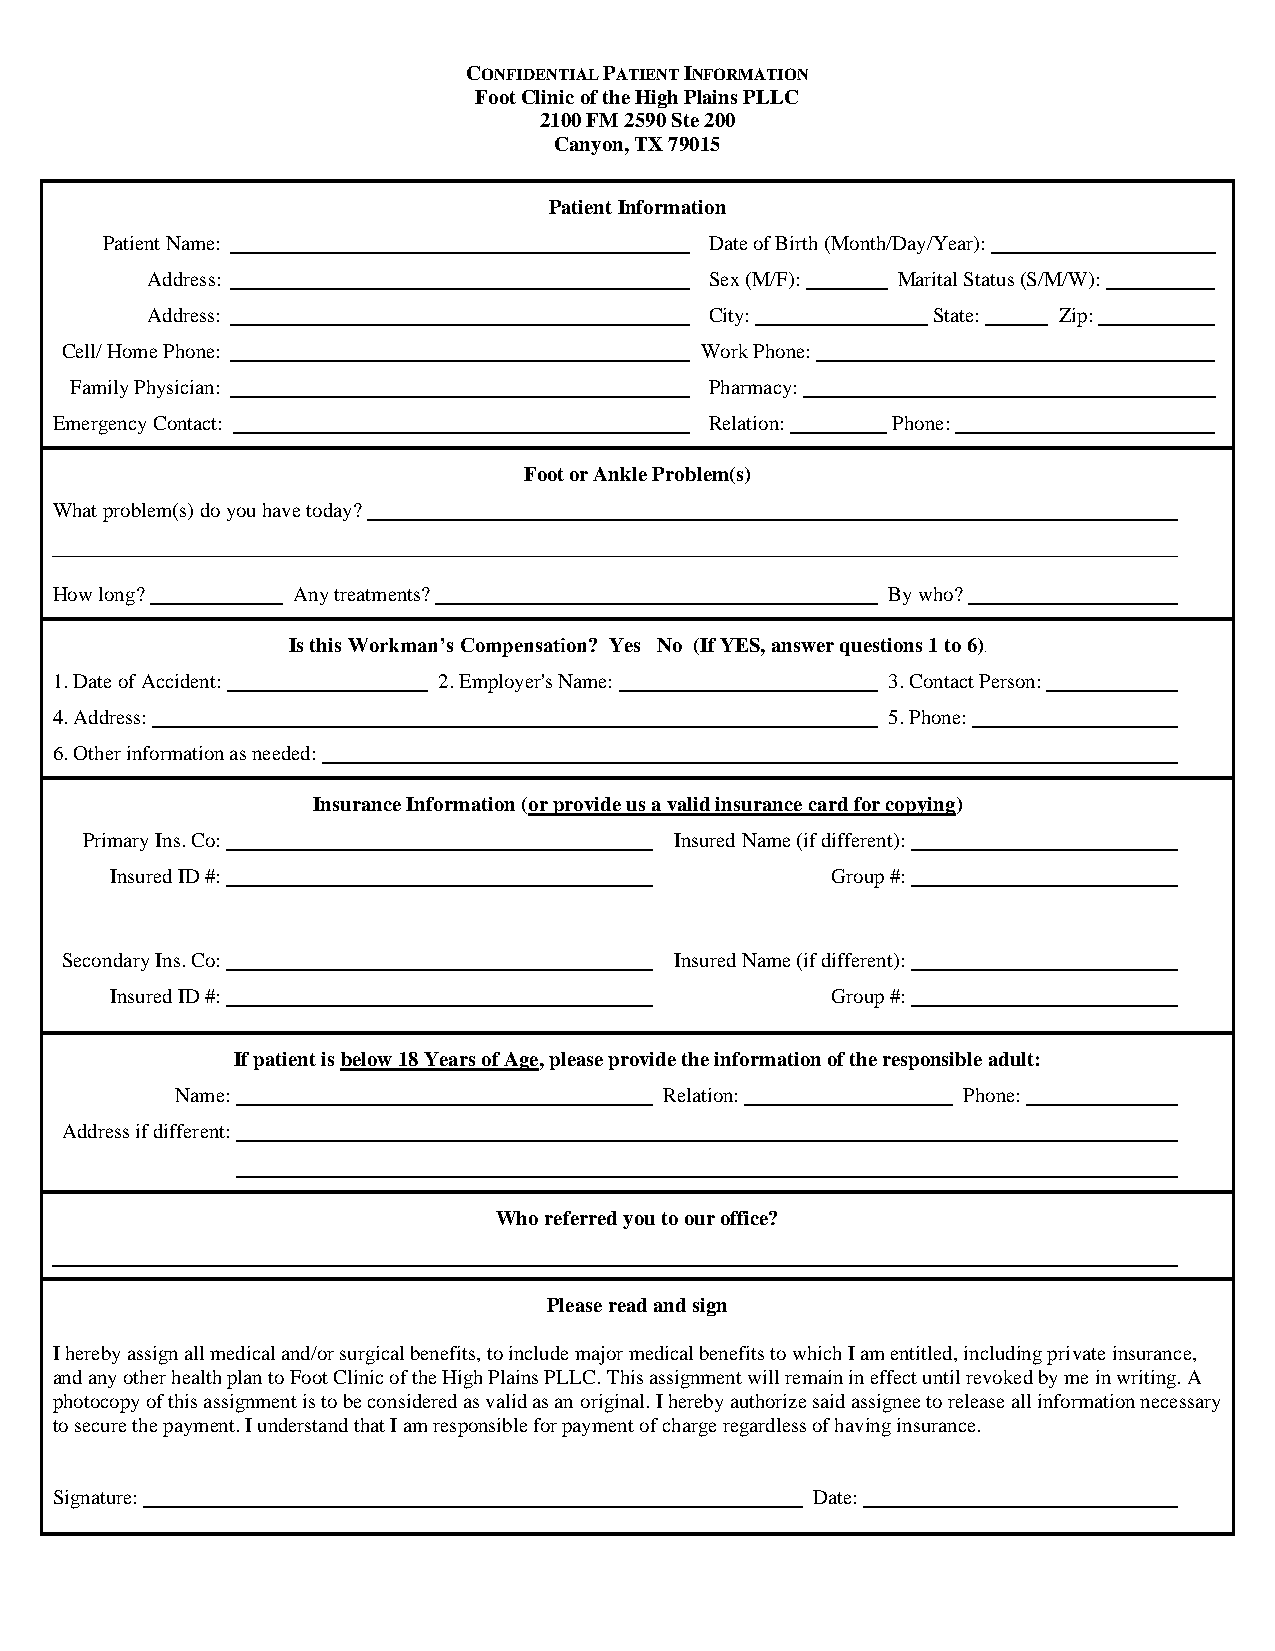
CONFIDENTIAL PATIENT INFORMATION
 Foot Clinic of the High Plains PLLC
 2100 FM 2590 Ste 200
 Canyon, TX 79015
 Patient Information
 Patient Name:                           Date of Birth (Month/Day/Year):
 Address:                             Sex (M/F):  Marital Status (S/M/W):
 Address:                             City:          State:  Zip:
 Cell/ Home Phone:                         Work Phone:
 Family Physician:                         Pharmacy:
 Emergency Contact:                          Relation:   Phone:
 Foot or Ankle Problem(s)
 What problem(s) do you have today?
 How long?       Any treatments?                         By who?
 Is this Workman’s Compensation? Yes No (If YES, answer questions 1 to 6)
 .
 1. Date of Accident:      2. Employer's Name:           3. Contact Person:
 4. Address:                                             5. Phone:
 6. Other information as needed:
 Insurance Information (or provide us a valid insurance card for copying)
 Primary Ins. Co:                        Insured Name (if different):
 Insured ID #:                                   Group #:
 Secondary Ins. Co:                       Insured Name (if different):
 Insured ID #:                                   Group #:
 If patient is below 18 Years of Age, please provide the information of the responsible adult:
 Name:                           Relation:           Phone:
 Address if different:
 Who referred you to our office?
 Please read and sign
 I hereby assign all medical and/or surgical benefits, to include major medical benefits to which I am entitled, including private insurance,
 and any other health plan to Foot Clinic of the High Plains PLLC. This assignment will remain in effect until revoked by me in writing. A
 photocopy of this assignment is to be considered as valid as an original. I hereby authorize said assignee to release all information necessary
 to secure the payment. I understand that I am responsible for payment of charge regardless of having insurance.
 Signature:                                         Date: